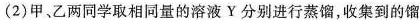
(2)甲、乙两同学取相同量的溶液Y分别进行蒸馏，收集到的馏